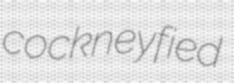
cockneyfied